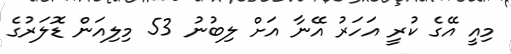
މިއީ އޭގެ ކުރީ އަހަރު އޭނާ އަށް ލިބުނު 53 މިލިއަން ޑޮލަރުގެ